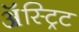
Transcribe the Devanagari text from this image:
ॲस्ट्रिट